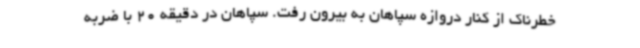
خطرناک از کنار دروازه سپاهان به بیرون رفت. سپاهان در دقیقه 20 با ضربه